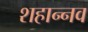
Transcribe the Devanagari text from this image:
शहान्‍नव